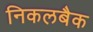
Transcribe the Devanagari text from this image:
निकलबैक